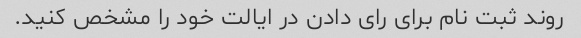
روند ثبت نام برای رای دادن در ایالت خود را مشخص کنید.